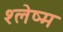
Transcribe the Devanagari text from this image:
श्‍लेष्म